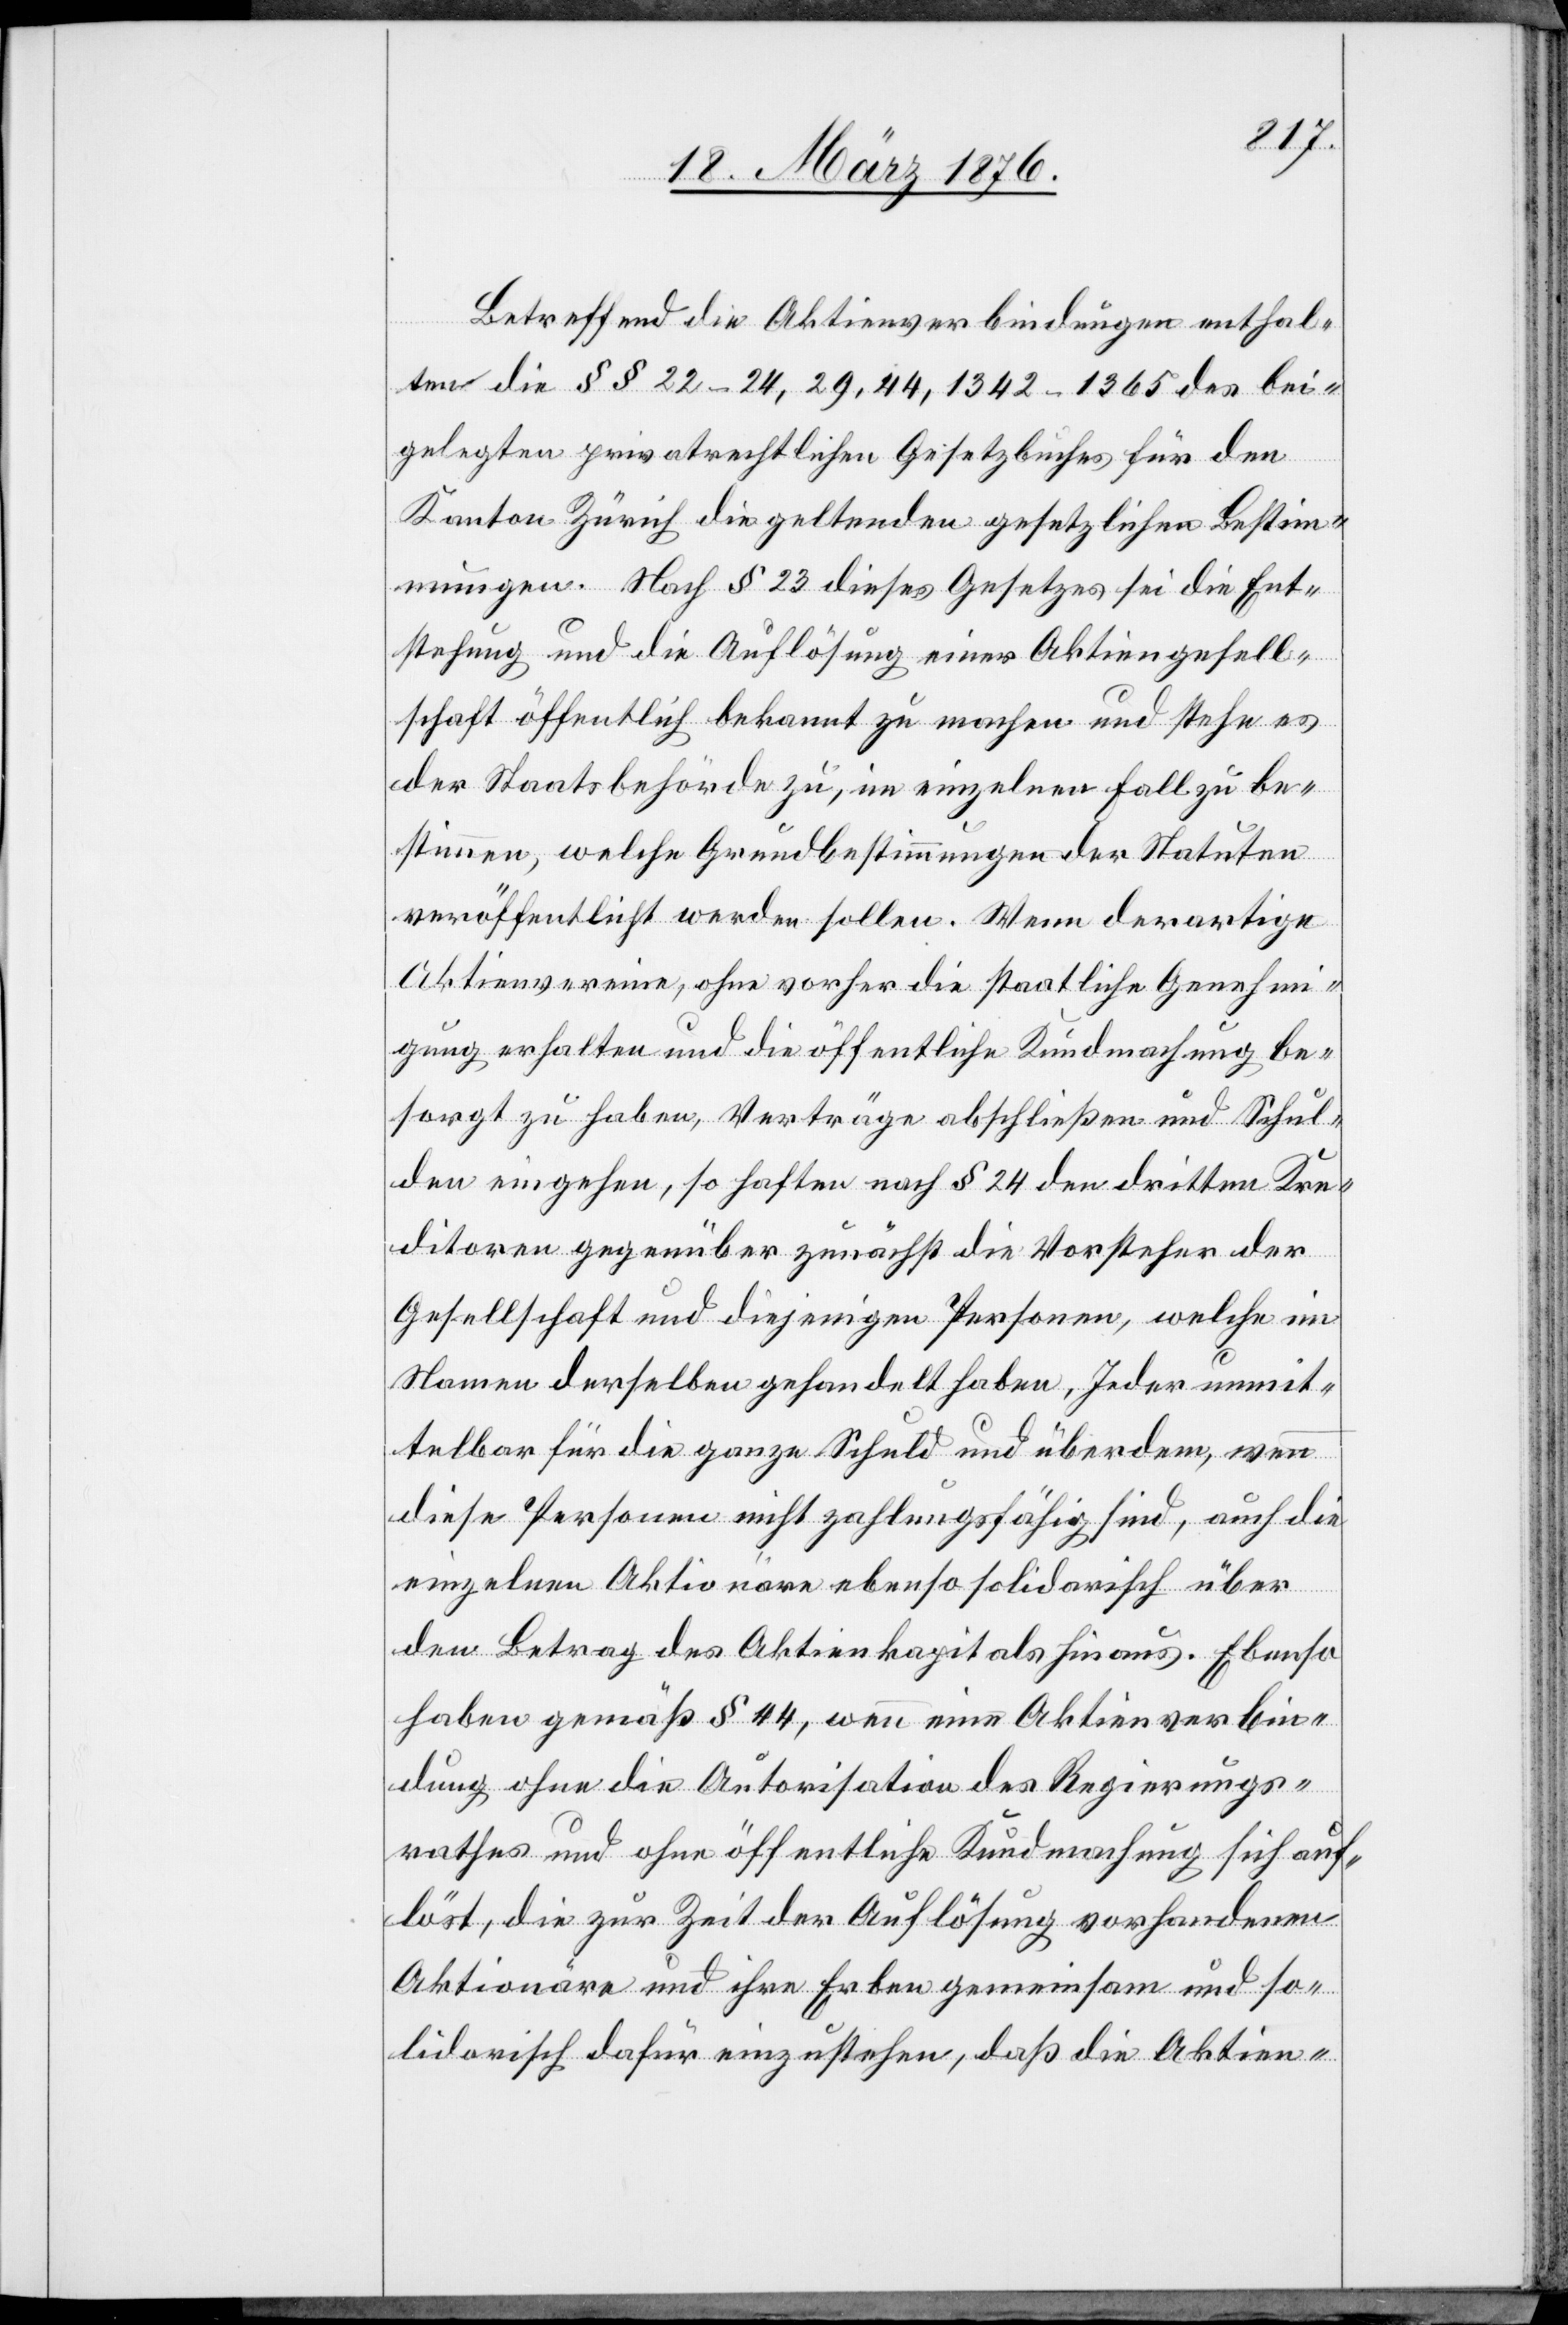
Betreffend die Aktienverbindungen enthal¬
ten die §§ 22–24, 29, 44, 1342–1365 des bei¬
gelegten privatrechtlichen Gesetzbuches für den
Kanton Zürich die geltenden gesetzlichen Bestim¬
mungen. Nach § 23 dieses Gesetzes sei die Ent¬
stehung und die Auflösung einer Aktiengesell¬
schaft öffentlich bekannt zu machen und stehe es
der Staatsbehörde zu, im einzelnen Fall zu be¬
stimmen, welche Grundbestimmungen der Statuten
veröffentlicht werde sollen. Wenn derartige
Aktienvereine, ohne vorher die staatliche Genehmi¬
gung erhalten und die öffentliche Kundmachung be¬
sorgt zu haben, Verträge abschließen und Schul¬
den eingehen, so haften nach § 24 den dritten Kre¬
ditoren gegenüber zunächst die Vorsteher der
Gesellschaft und diejenigen Personen, welche im
Namen derselben gehandelt haben, Jeder unmit¬
telbar für die ganze Schuld und überdem, wenn
diese Personen nicht zahlungsfähig sind, auch die
einzelnen Aktionäre ebenso solidarisch über
den Betrag des Aktienkapitals hinaus. Ebenso
haben gemäß § 44, wenn eine Aktienverbin¬
dung ohne die Autorisation des Regierungs¬
rathes und ohne öffentliche Kundmachung sich auf¬
löst, die zur Zeit der Auflösung vorhandenen
Aktionäre und ihre Erben gemeinsam und so¬
lidarisch dafür einzustehen, daß die Aktien-